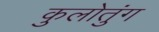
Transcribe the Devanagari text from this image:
कुलोतुंग